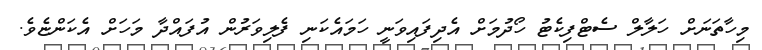
މިހާތަނަށް ހަލާލް ސެޓްފިކެޓު ހޯދުމަށް އެދިފައިވަނީ ހަމައެކަނި ފެލިވަރުން އުފައްދާ މަހަށް އެކަންޏެވެ.